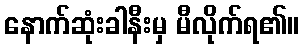
နောက်ဆုံးခါနီးမှ မီလိုက်ရ၏။